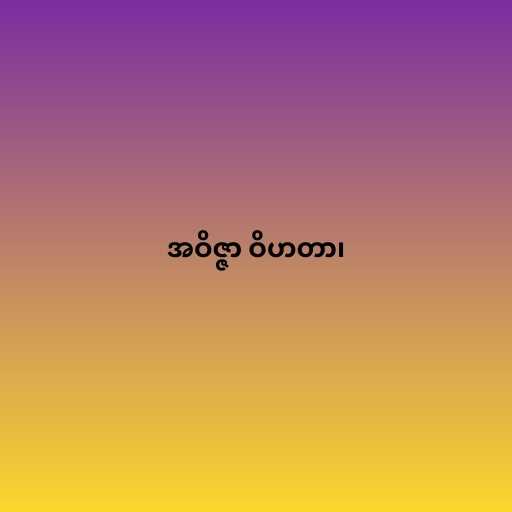
အဝိဇ္ဇာ ဝိဟတာ၊